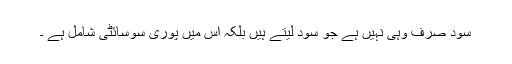
سود صرف وہی نہیں ہے جو سود لیتے ہیں بلکہ اس میں پوری سوسائٹی شامل ہے ۔